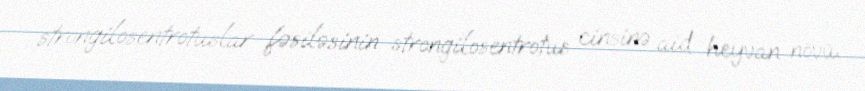
strongilosentrotuslar fəsiləsinin strongilosentrotus cinsinə aid heyvan növü.